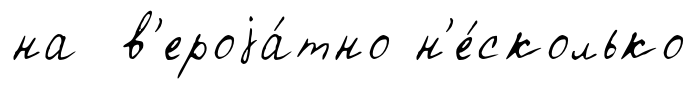
на в'ероjа́тно н'е́сколько